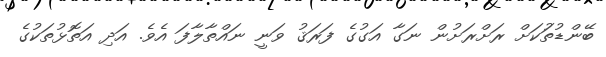
ބޭންޑުތަުކަށް ރަށްރަށުން ނަގާ އަގުގެ ފަރަޤު ވަނީ ނައްތާލާފަ އެވެ. އަދި އަތޮޅުތަކުގެ